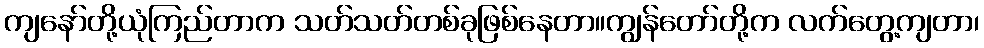
ကျနော်တို့ယုံကြည်တာက သတ်သတ်တစ်ခုဖြစ်နေတာ။ကျွန်တော်တို့က လက်တွေ့ကျတာ၊